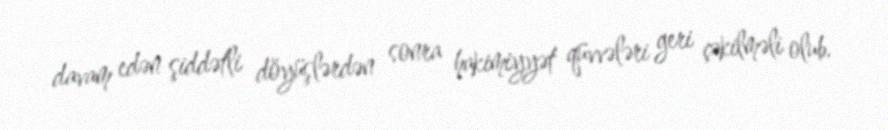
davam edən şiddətli döyüşlərdən sonra hakimiyyət qüvvələri geri çəkilməli olub.